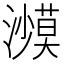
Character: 𰝥